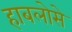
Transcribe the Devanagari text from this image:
हाबलोसे